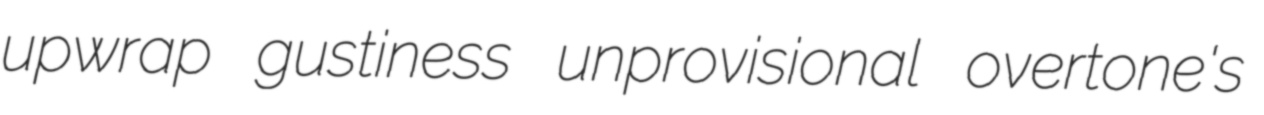
upwrap gustiness unprovisional overtone's